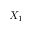
X _ { 1 }